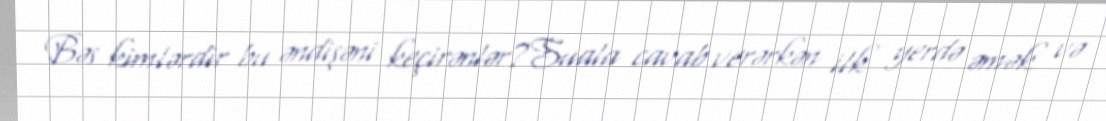
Bəs kimlərdir bu əndişəni keçirənlər?Suala cavab verərkən ilk yerdə əmək və